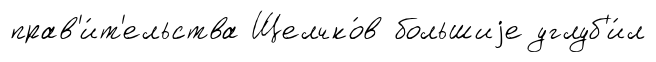
прав'и́т'ельства Щелчко́в большиjе углуб'и́л